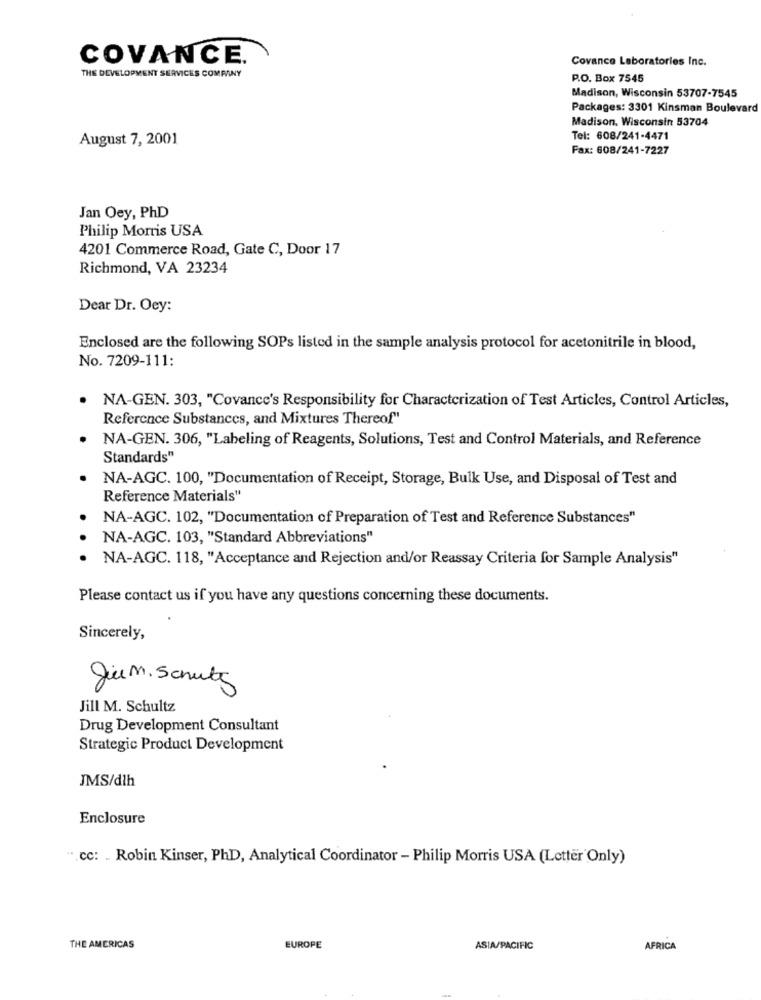
COVANCE.
Covance Laboratories Inc.
THE DEVELOPMENT SERVICES COMPANY
P.O. Box 7545
Madison, Wisconsin 53707-7545
Packages: 3301 Kinsman Boulevard
Madison, Wisconsin 53704
August 7, 2001
Tel: 608/241-4471
Fax: 608/241-7227
Jan Oey, PhD
Philip Morris USA
4201 Commerce Road, Gate C, Door 17
Richmond, VA 23234
Dear Dr. Oey:
Enclosed are the following SOPs listed in the sample analysis protocol for acetonitrile in blood,
No. 7209-111:
NA-GEN. 303, "Covance's Responsibility for Characterization of Test Articles, Control Articles,
Reference Substances, and Mixtures Thereof"
NA-GEN. 306, "Labeling of Reagents, Solutions, Test and Control Materials, and Reference
Standards"
NA-AGC. 100, "Documentation of Receipt, Storage, Bulk Use, and Disposal of Test and
Reference Materials"
NA-AGC. 102, "Documentation of Preparation of Test and Reference Substances"
NA-AGC. 103, "Standard Abbreviations"
NA-AGC. 118, "Acceptance and Rejection and/or Reassay Criteria for Sample Analysis"
Please contact us if you have any questions concerning these documents.
Sincerely,
Jun. Schutz
Jill M. Schultz
Drug Development Consultant
Strategic Product Development
JMS/dlh
Enclosure
".cc: . Robin Kinser, PhD, Analytical Coordinator - Philip Morris USA (Letter Only)
THE AMERICAS
EUROPE
ASIA/PACIFIC
AFRICA